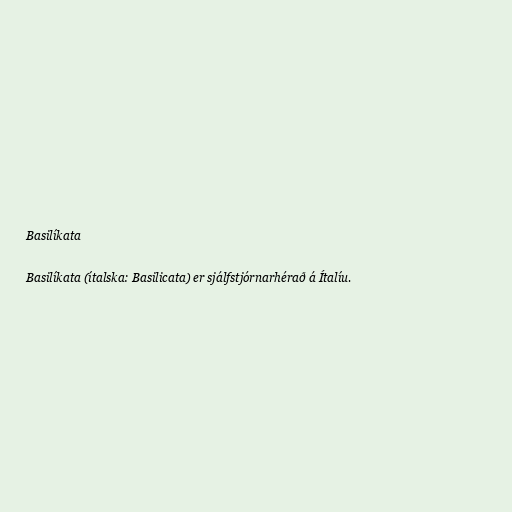
Basilíkata

Basilíkata (ítalska: Basilicata) er sjálfstjórnarhérað á Ítalíu.